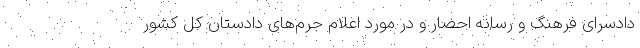
دادسرای فرهنگ و رسانه احضار و در مورد اعلام جرم‌های دادستان کل کشور